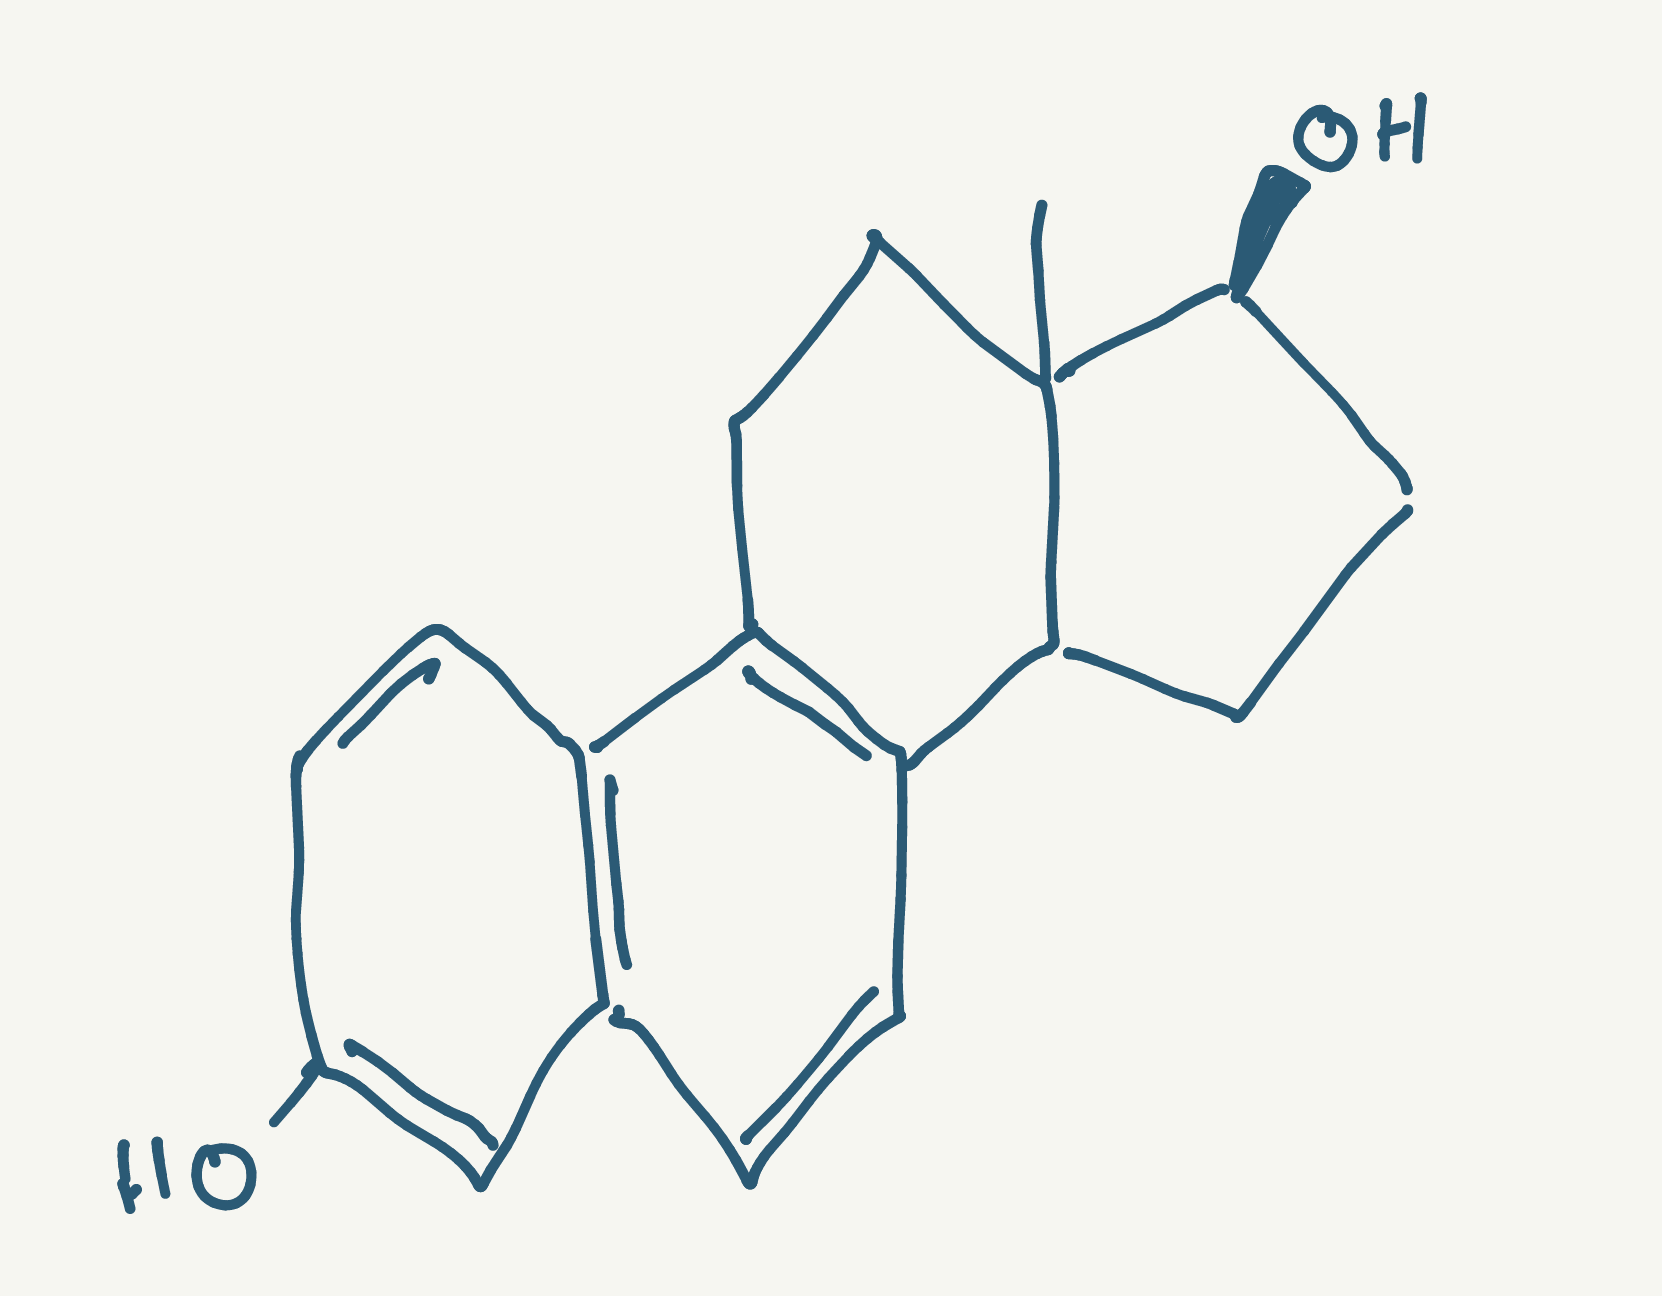
Simplified molecular-input line-entry system (SMILES) notation of the given molecule:
CC12CCC3=C(C1CC[C@@H]2O)C=CC4=C3C=CC(=C4)O